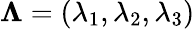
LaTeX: \boldsymbol{\Lambda}=(\lambda_{1},\lambda_{2},\lambda_{3})